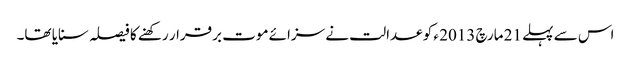
اس سے پہلے 21 مارچ 2013 ء کو عدالت نے سزائے موت برقرار رکھنے کا فیصلہ سنایا تھا۔